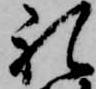
礼